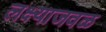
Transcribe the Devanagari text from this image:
लक्ष्याजवळ